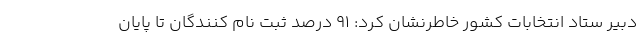
دبیر ستاد انتخابات کشور خاطرنشان کرد: ۹۱ درصد ثبت نام کنندگان تا پایان